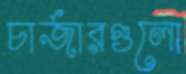
চার্জারগুলো